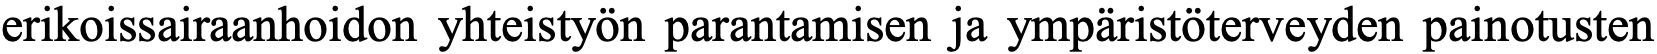
erikoissairaanhoidon yhteistyön parantamisen ja ympäristöterveyden painotusten